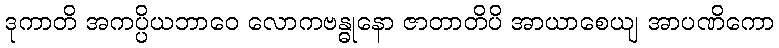
ဒုကာတိ အကပ္ပိယဘာဝေ လောကဗန္ဓုနော ဇာတာတိပိ အာယာစေယျ အာပဏိကော